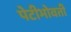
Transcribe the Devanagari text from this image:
पेटीभोवती